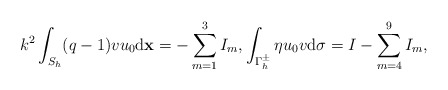
\begin{align*} \begin{aligned} &k^2\int_{S_{h}}(q-1)vu_0\mathrm d\mathbf x =-\sum_{m=1}^3 I_{m},\int_{\Gamma_h^{\pm}}\eta u_0v\mathrm d\sigma=I-\sum_{m=4}^9I_m, \end{aligned} \end{align*}